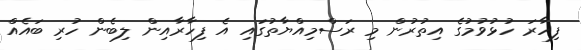
ފިހާރަ ހުޅުވުމުގެ އިތުރުން މި ރަސްމިއްޔާތުގައި އެ ފިހާރާއިން ލިބެން ހުރި ބައެއް